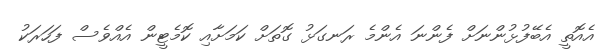
އެއޮތީ އެބޭފުޅުންނަށް ފެންނަ އެންމެ ރަނގަޅު ގޮތަށް ކަމަށާއި ކޮމެޓީން އެއްވެސް ފަހަރަކު